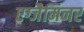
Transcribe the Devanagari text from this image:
एग्जैमिनर